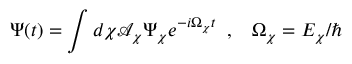
\Psi ( t ) = \int d \chi \mathcal { A } _ { \chi } \Psi _ { \chi } e ^ { - i \Omega _ { \chi } t } \; \; , \; \; \; \Omega _ { \chi } = E _ { \chi } / \hbar